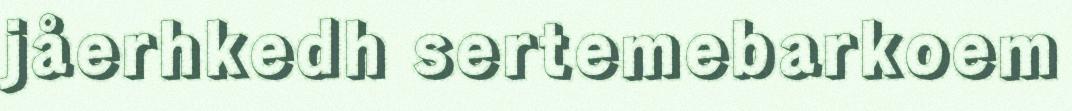
jåerhkedh sertemebarkoem